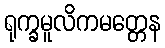
ရုက္ခမူလိကမတ္တေန